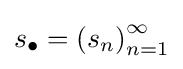
s_{\bullet }=\left(s_{n}\right)_{n=1}^{\infty }